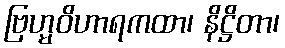
ဗြဟ္မဝိဟာရကထာ၊ နိဋ္ဌိတာ၊